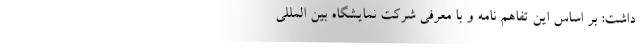
داشت: بر اساس این تفاهم نامه و با معرفی شرکت نمایشگاه بین المللی